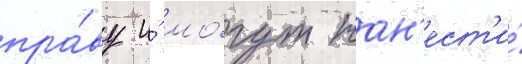
пра́ву и́ мо́гут нан'ест'и́